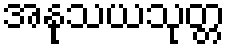
အနုသယသုတ္တ